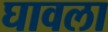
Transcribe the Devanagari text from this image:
घावला